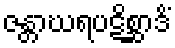
ဇန္တာဃရပဋိစ္ဆာဒိံ